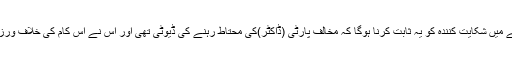
یہاں اِس بات کا ذکر کرنا ضروری ہے، کہ علاج میں ہوئی لاپروائی کے معاملے میں شکایت کنندہ کو یہ ثابت کرنا ہوگا کہ مخالف پارٹی (ڈاکٹر)کی محتاط رہنے کی ڈیوٹی تھی اَور اُس نے اِس کام کی خلاف ورزی کی جِس کے نتیجے میں شکایت کنندہ یا اُس کے خاندانی کو نقصان پہُنچا ہے۔